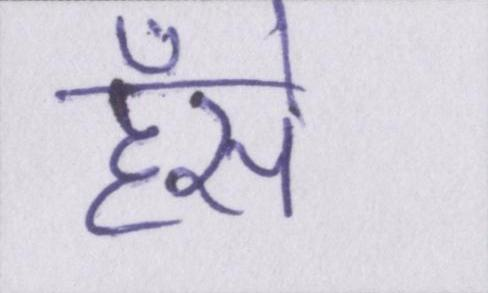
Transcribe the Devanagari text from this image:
हँसे